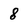
Character: 8